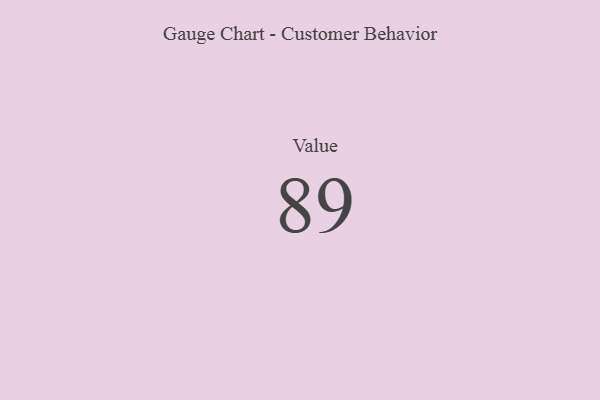
{"axis": {"x": "Metric", "y": "Value"}, "legend": [""], "data": [{"x": "Value", "y": 89, "type": ""}]}